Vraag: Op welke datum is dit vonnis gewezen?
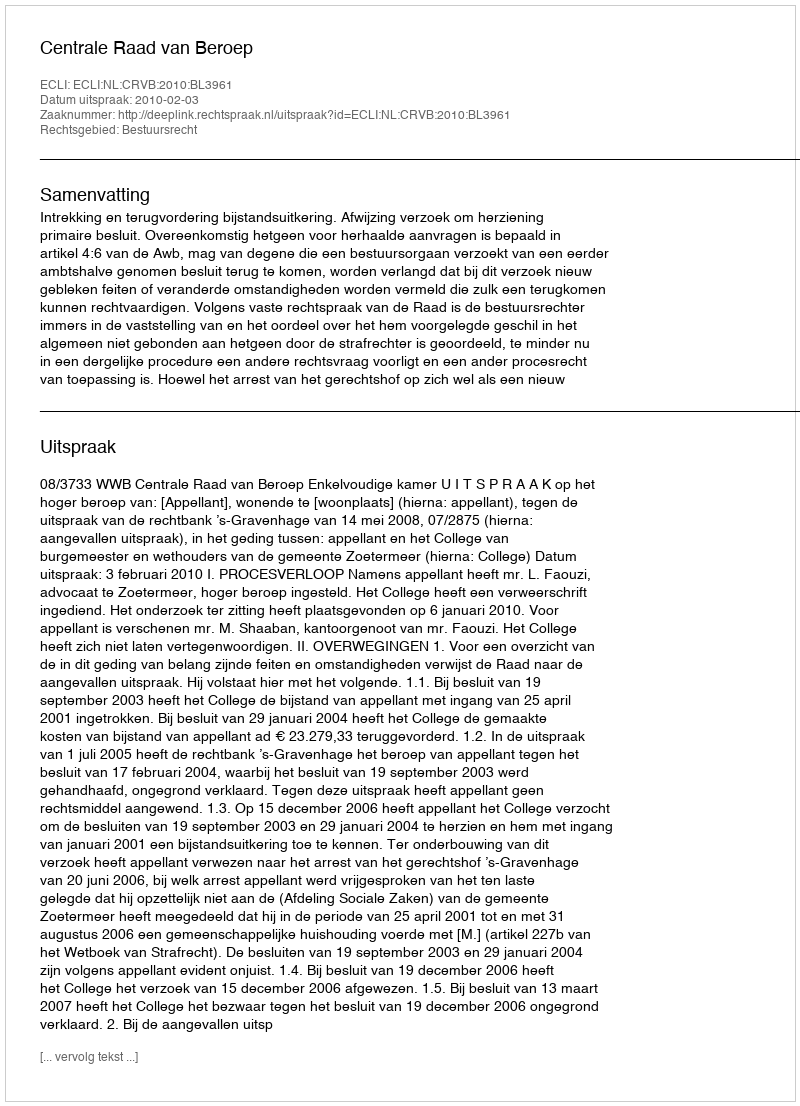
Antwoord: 2010-02-03